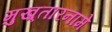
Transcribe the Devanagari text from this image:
मुख़्तारनामे